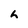
Character: h